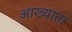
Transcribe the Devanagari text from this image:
आख्याता